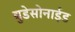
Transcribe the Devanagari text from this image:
बुडेसोनाईड